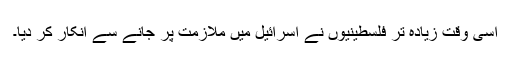
اسی وقت زیادہ تر فلسطینیوں نے اسرائیل میں ملازمت پر جانے سے انکار کر دیا۔